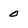
Character: 0